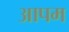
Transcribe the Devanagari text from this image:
आपम